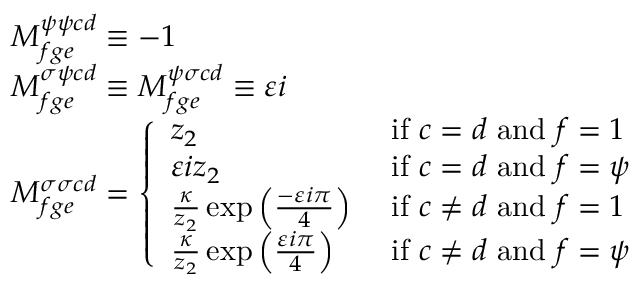
\begin{array} { r l } & { M _ { f g e } ^ { \psi \psi c d } \equiv - 1 } \\ & { M _ { f g e } ^ { \sigma \psi c d } \equiv M _ { f g e } ^ { \psi \sigma c d } \equiv \varepsilon i } \\ & { M _ { f g e } ^ { \sigma \sigma c d } = \left\{ \begin{array} { l l } { z _ { 2 } } & { \mathrm { ~ i f ~ } c = d \mathrm { ~ a n d ~ } f = 1 } \\ { \varepsilon i z _ { 2 } } & { \mathrm { ~ i f ~ } c = d \mathrm { ~ a n d ~ } f = \psi } \\ { \frac { \kappa } { z _ { 2 } } \exp \left( \frac { - \varepsilon i \pi } { 4 } \right) } & { \mathrm { ~ i f ~ } c \ne d \mathrm { ~ a n d ~ } f = 1 } \\ { \frac { \kappa } { z _ { 2 } } \exp \left( \frac { \varepsilon i \pi } { 4 } \right) } & { \mathrm { ~ i f ~ } c \ne d \mathrm { ~ a n d ~ } f = \psi } \end{array} \right. } \end{array}